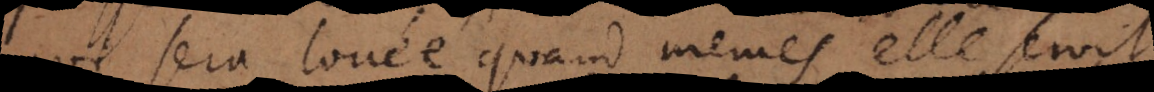
qui sera louée quand mêmes elle seroit